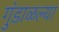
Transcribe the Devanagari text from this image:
गुंडाळल्या